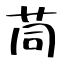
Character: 茼